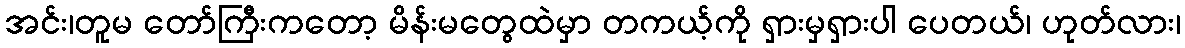
အင်း၊တူမ တော်ကြီးကတော့ မိန်းမတွေထဲမှာ တကယ့်ကို ရှားမှရှားပါ ပေတယ်၊ ဟုတ်လား၊